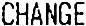
CHANGE